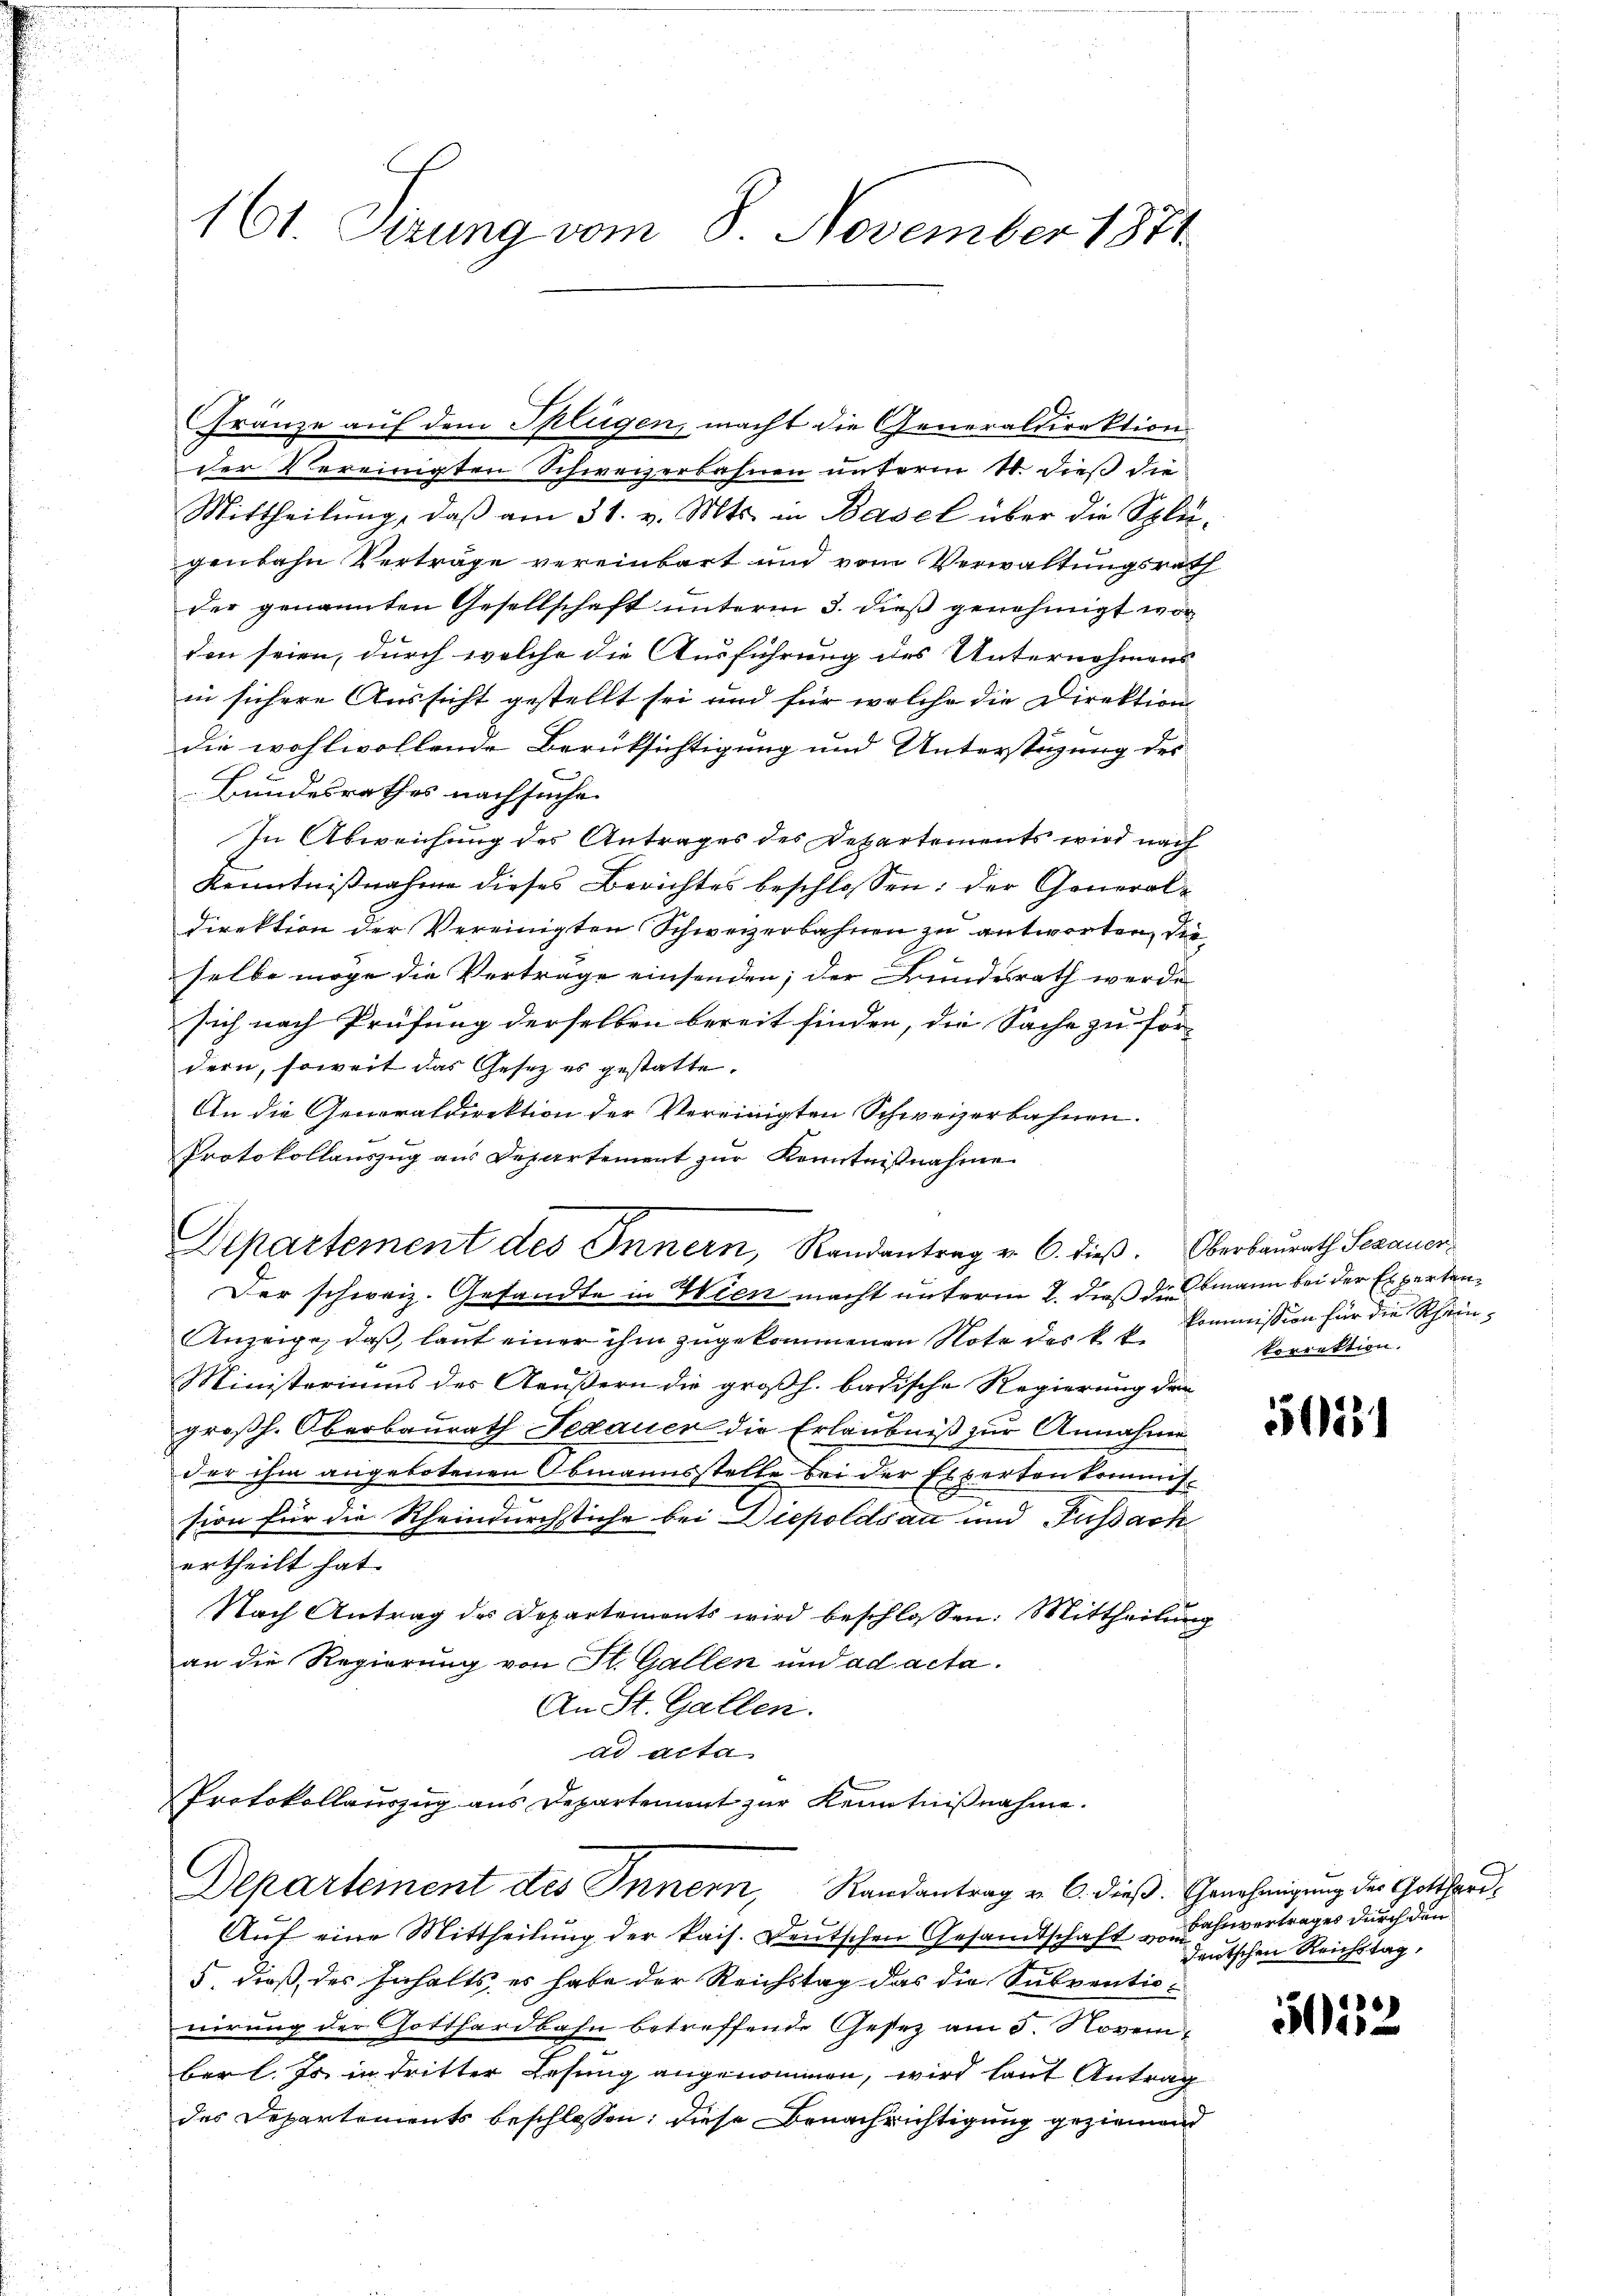
161. Sizung vom 8. November 1871

Fränze auf dem Splügen, macht die Generaldirektion
der Vereinigten Schweizerbahnen unterm 11. dieß die
Mittheilung, daß am 31. v. Mts. in Basel über die Splei-
genbahn Verträge vereinbart und vom Verwaltungsrath
der genannten Gesellschaft ŭnterm 3. dieß genehmigt wor
den seien, durch welche die Ausführung des Unternohmens
in sichere Aussicht gestellt sei und für welche die Direktion
die wohlwollende Berüksichtigung und Unterstüzung des
Bundesrathes nachsuche.
In Abweichung des Antrages des Departements wird nach
Kenntnißnahme dieses Berichtes beschlossen: der General-
direktion der Vereinigten Schweizerbahnen zu antworten, die
selbe möge die Verträge einsenden; der Bundesrath werde
sich nach Prüfung derselben bereit finden, die Sache zu for-
dern, soweit das Gesetz es gestatte.
An die Generaldirektion der Vereinigten Schweizerbahnen.
Protokollauszug aus Departement zur Kenntnißnahme
Der schweiz. Gesandte in Wien macht unterm 2. dieß demann bei der Experten¬
Anzeige, daß, laut einer ihm zugekommenen Note des k. k. Kommission für die Rhein¬
Ministeriums des Aeußern die großh. badische Regierung der
f
großh. Oberbaurath Bedauer die Erlaubniß zur Annahme
der ihm angebotenen Obmannsstelle bei der Experten kommis¬
7
sion für die Rheindurchstiche bei Diepoldsau und Fussach
ertheilt hat.
Nach Antrag des Departements wird beschlossen: Mittheilung
an die Regierung von St. Gallen und ad acta.
An St. Gallen.
ad acta
Protokollauszug aus Departement zur Kenntnißnahme.
Departement des Innern, Randantrag v. 6. dieß. Genehmigung des Gotthard¬
2
Aŭf eine Mittheilung der kais. Deutschen Gesandtschaft "Hevertrages durch den
5. dieß, des Inhalts, es habe der Reichstag das die Subventiovirung der Gotthardbahn betreffende Gesez am 3. Novem
ber l. Js in dritter Lesung angenommen, wird laut Antrag
des Departements beschlossen; diese Benachrichtigung geziemend

Departement des Innern, Randantrag v. 6. dieß. Oberbaurath Segauer

korrektion.

5131

deutschen Reichstag,

6
5er